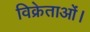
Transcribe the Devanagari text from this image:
विक्रेताओं।